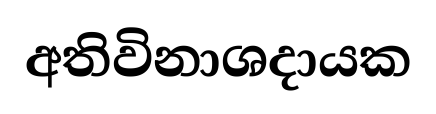
අතිවිනාශදායක